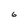
Character: 6